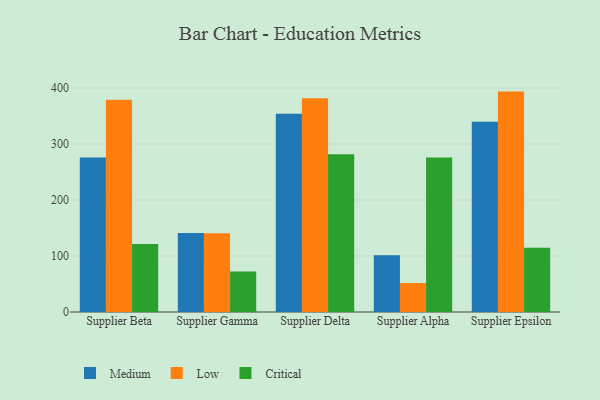
{"axis": {"x": "Supplier", "y": "Satisfaction Score"}, "legend": ["Critical", "Low", "Medium"], "data": [{"x": "Supplier Beta", "y": 275.8, "type": "Medium"}, {"x": "Supplier Beta", "y": 379.0, "type": "Low"}, {"x": "Supplier Beta", "y": 121.3, "type": "Critical"}, {"x": "Supplier Gamma", "y": 141.2, "type": "Medium"}, {"x": "Supplier Gamma", "y": 140.8, "type": "Low"}, {"x": "Supplier Gamma", "y": 72.3, "type": "Critical"}, {"x": "Supplier Delta", "y": 353.8, "type": "Medium"}, {"x": "Supplier Delta", "y": 381.6, "type": "Low"}, {"x": "Supplier Delta", "y": 281.5, "type": "Critical"}, {"x": "Supplier Alpha", "y": 101.5, "type": "Medium"}, {"x": "Supplier Alpha", "y": 51.8, "type": "Low"}, {"x": "Supplier Alpha", "y": 275.9, "type": "Critical"}, {"x": "Supplier Epsilon", "y": 339.8, "type": "Medium"}, {"x": "Supplier Epsilon", "y": 393.5, "type": "Low"}, {"x": "Supplier Epsilon", "y": 114.5, "type": "Critical"}]}